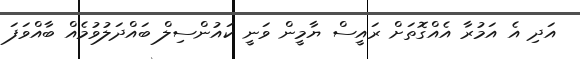
އަދި އެ އަމުރާ އެއްގޮތަށް ރައީސް ޔާމީން ވަނީ ކައުންސިލް ބައްދަލުވުމެއް ބާއްވަފަ